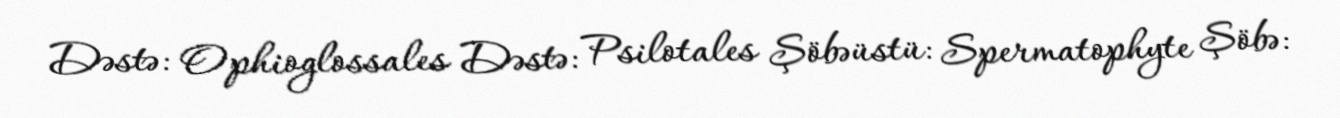
Dəstə: Ophioglossales Dəstə: Psilotales Şöbəüstü: Spermatophyte Şöbə: